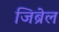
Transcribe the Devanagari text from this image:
जिब्रेल